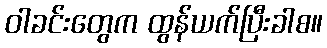
ဝါခင်းတွေက ထွန်ယက်ပြီးခါစ။